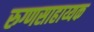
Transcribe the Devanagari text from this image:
रुग्णसाहाय्यक